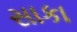
સાકા